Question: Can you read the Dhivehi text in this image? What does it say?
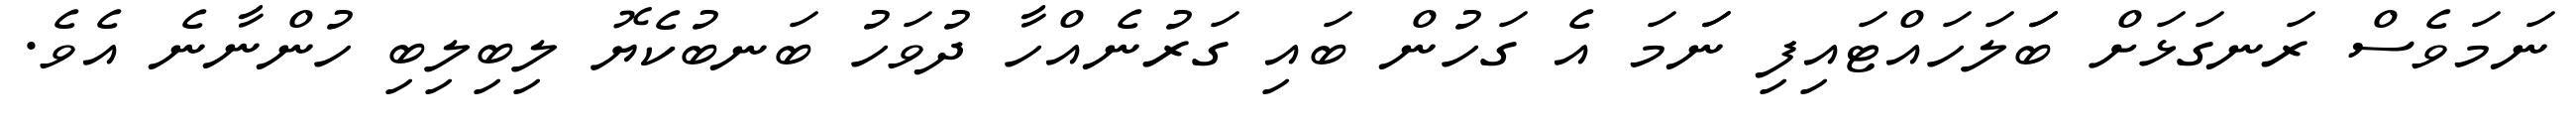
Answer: ނަމަވެސް ރަނގަޅަށް ބަަލަހައްޓައިފި ނަަމަ އެ ގަހުން ބައި ގަރުނެއްހާ ދުވަހު ބަނބުކެޔޮ ލިބިލިބި ހުންނާނެ އެވެ.